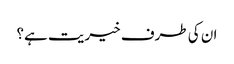
ان کی طرف خیریت ہے؟